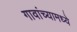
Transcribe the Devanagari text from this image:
गावांच्यामध्ये